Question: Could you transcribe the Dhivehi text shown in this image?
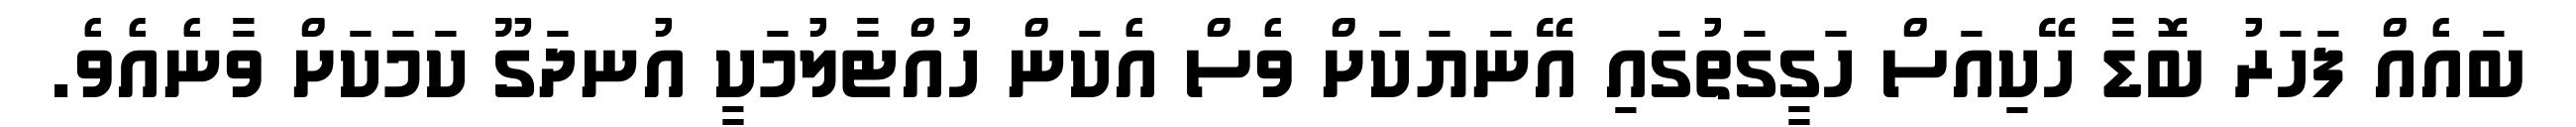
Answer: ބައެއް ފަހަރު ބޮޑާ ހޭކިއަސް ހަގީގަތުގައި އޭނަޔަކަށް ވެސް އެކަން ހުއްޓާލުމަކީ އުނދަގޫ ކަމަކަށް ވާނެއެވެ.